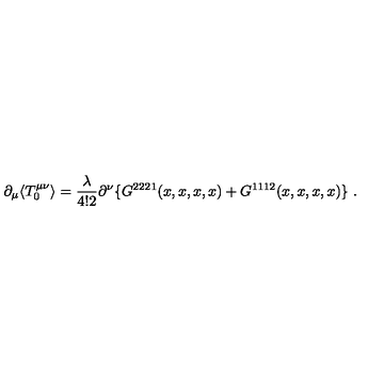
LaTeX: \partial _ { \mu } \langle T _ { 0 } ^ { \mu \nu } \rangle = \frac { \lambda } { 4 ! 2 } \partial ^ { \nu } \{ G ^ { 2 2 2 1 } ( x , x , x , x ) + G ^ { 1 1 1 2 } ( x , x , x , x ) \} \ .